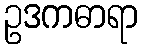
ဥဒကဓာရာ